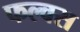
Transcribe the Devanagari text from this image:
फल्वस